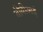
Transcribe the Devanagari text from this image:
बीबीआई